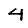
Digit: 4